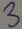
Text: 3